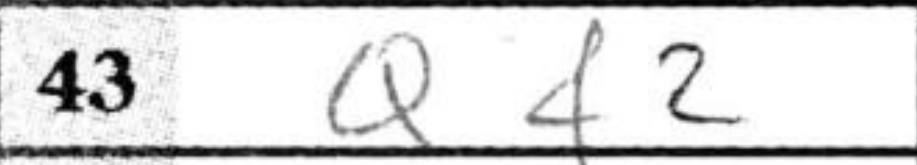
Transcription: Qf2